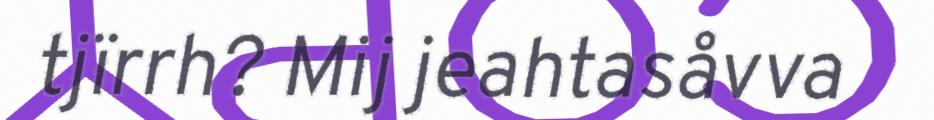
tjïrrh? Mij jeahtasåvva